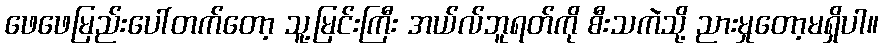
ဖေဖေမြည်းပေါ်တက်တော့ သူ့မြင်းကြီး အယ်လ်ဘူရတ်ကို စီးသကဲသို့ ညားမှုတော့မရှိပါ။